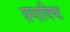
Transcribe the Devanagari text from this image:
समाविष्‍ट